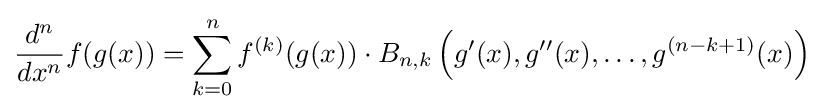
{d^{n} \over dx^{n}}f(g(x))=\sum _{k=0}^{n}f^{(k)}(g(x))\cdot B_{n,k}\left(g'(x),g''(x),\dots ,g^{(n-k+1)}(x)\right)